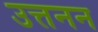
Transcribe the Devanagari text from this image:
उत्तनन